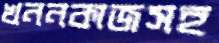
খননকাজসহ